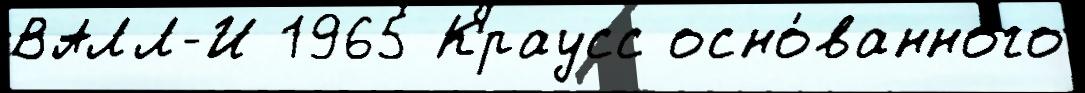
ВАЛЛ-И 1965 Краусс осно́ванного